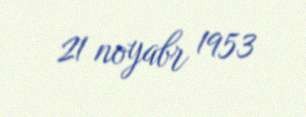
21 noyabr 1953